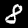
Label: 8